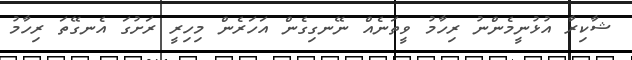
ޝާކިރާ އުޅުނީމެންނު ރިހާމު ވީތަނެއް ނޭނގިގެން އަހަރެން މިހިރީ ރަށުގަ އެނގޭތަ ރިހާމު